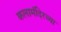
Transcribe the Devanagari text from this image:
कलामंदिरच्या